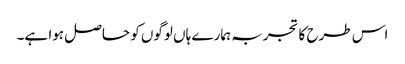
اس طرح کا تجربہ ہمارے ہاں لوگوں کو حاصل ہوا ہے۔